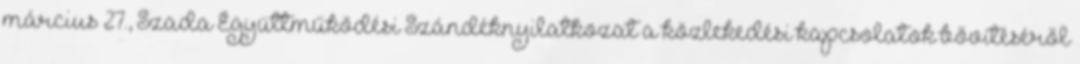
március 27., Szada Együttműködési Szándéknyilatkozat a közlekedési kapcsolatok bővítéséről